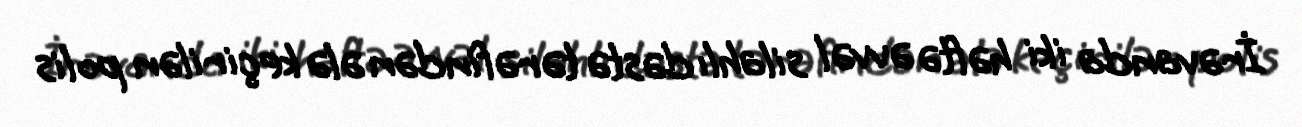
İrəvanda iki həftə əvvəl silahlı dəstə tərəfindən ələ keçirilən polis